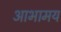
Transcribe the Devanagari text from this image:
आभामय